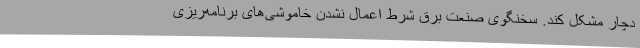
دچار مشکل کند. سخنگوی صنعت برق شرط اعمال نشدن خاموشی‌های برنامه‌ریزی